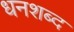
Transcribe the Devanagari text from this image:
धनशब्द